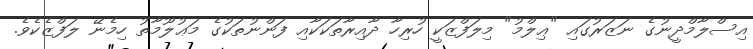
އިސްލާމްދީނުގެ ނަޒަރުގައި "ޢިލްމު" މިލަފްޒަކީ ހުރިހާ ދާއިރާތަކަކާއި ފަންނުތަކުގެ މަޢުލޫމާތު ހިމެނޭ ލަފްޒެކެވެ.